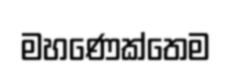
මහණෙක්තෙම